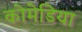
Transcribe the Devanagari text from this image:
कोमेडिया